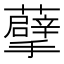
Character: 𮓂